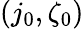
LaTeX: (j_{0},\zeta_{0})